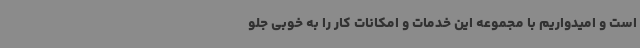
است و امیدواریم با مجموعه این خدمات و امکانات کار را به خوبی جلو